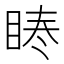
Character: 𭾳